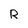
Character: R